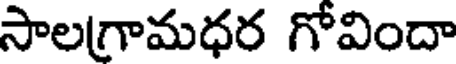
సాలగ్రామధర గోవిందా